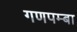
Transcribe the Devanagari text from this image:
गणपम्बा